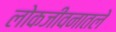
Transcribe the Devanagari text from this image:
लोकजीवनातले